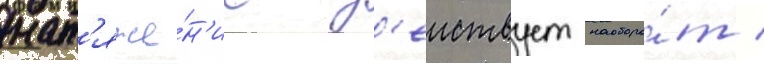
нат'яже́н'ие д'еиствует наоборо́т /